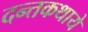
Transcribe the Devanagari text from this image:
दन्तकथाये